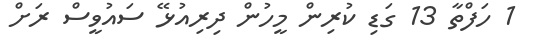
1 ހަފްތާ 13 ގަޑި ކުރިން މީހުން ދިރިއުޅޭ ސައުވީސް ރަށް